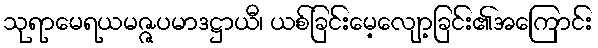
သုရာမေရယမဇ္ဇပမာဒဋ္ဌာယီ၊ ယစ်ခြင်းမေ့လျော့ခြင်း၏အကြောင်း